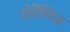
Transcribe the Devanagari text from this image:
टोर्टेलिज